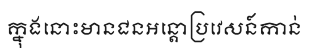
ក្នុងនោះមានជនអន្តោប្រវេសន៍កាន់